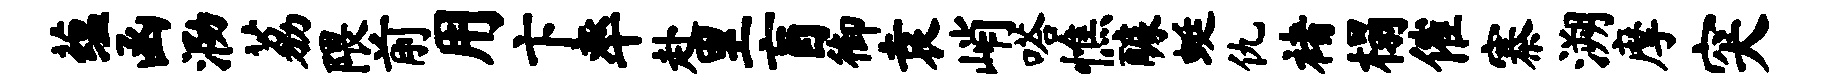
蕴函泐荔隈前用卞率赴里盲御袁峭嗒憔醵蜓仇褚榻催寨溯摩突